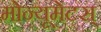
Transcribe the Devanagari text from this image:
मोन्यूमेंटस्